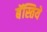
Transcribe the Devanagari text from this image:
बॅस्तिये